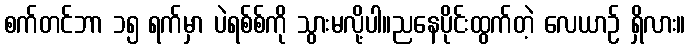
စက်တင်ဘာ ၁၅ ရက်မှာ ပဲရစ်စ်ကို သွားမလို့ပါ။ညနေပိုင်းထွက်တဲ့ လေယာဉ် ရှိလား။